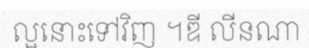
ល្អនោះទៅវិញ ។ឌី លីនណា